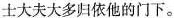
士大夫大多归依他的门下。